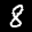
Label: 8